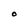
Character: O